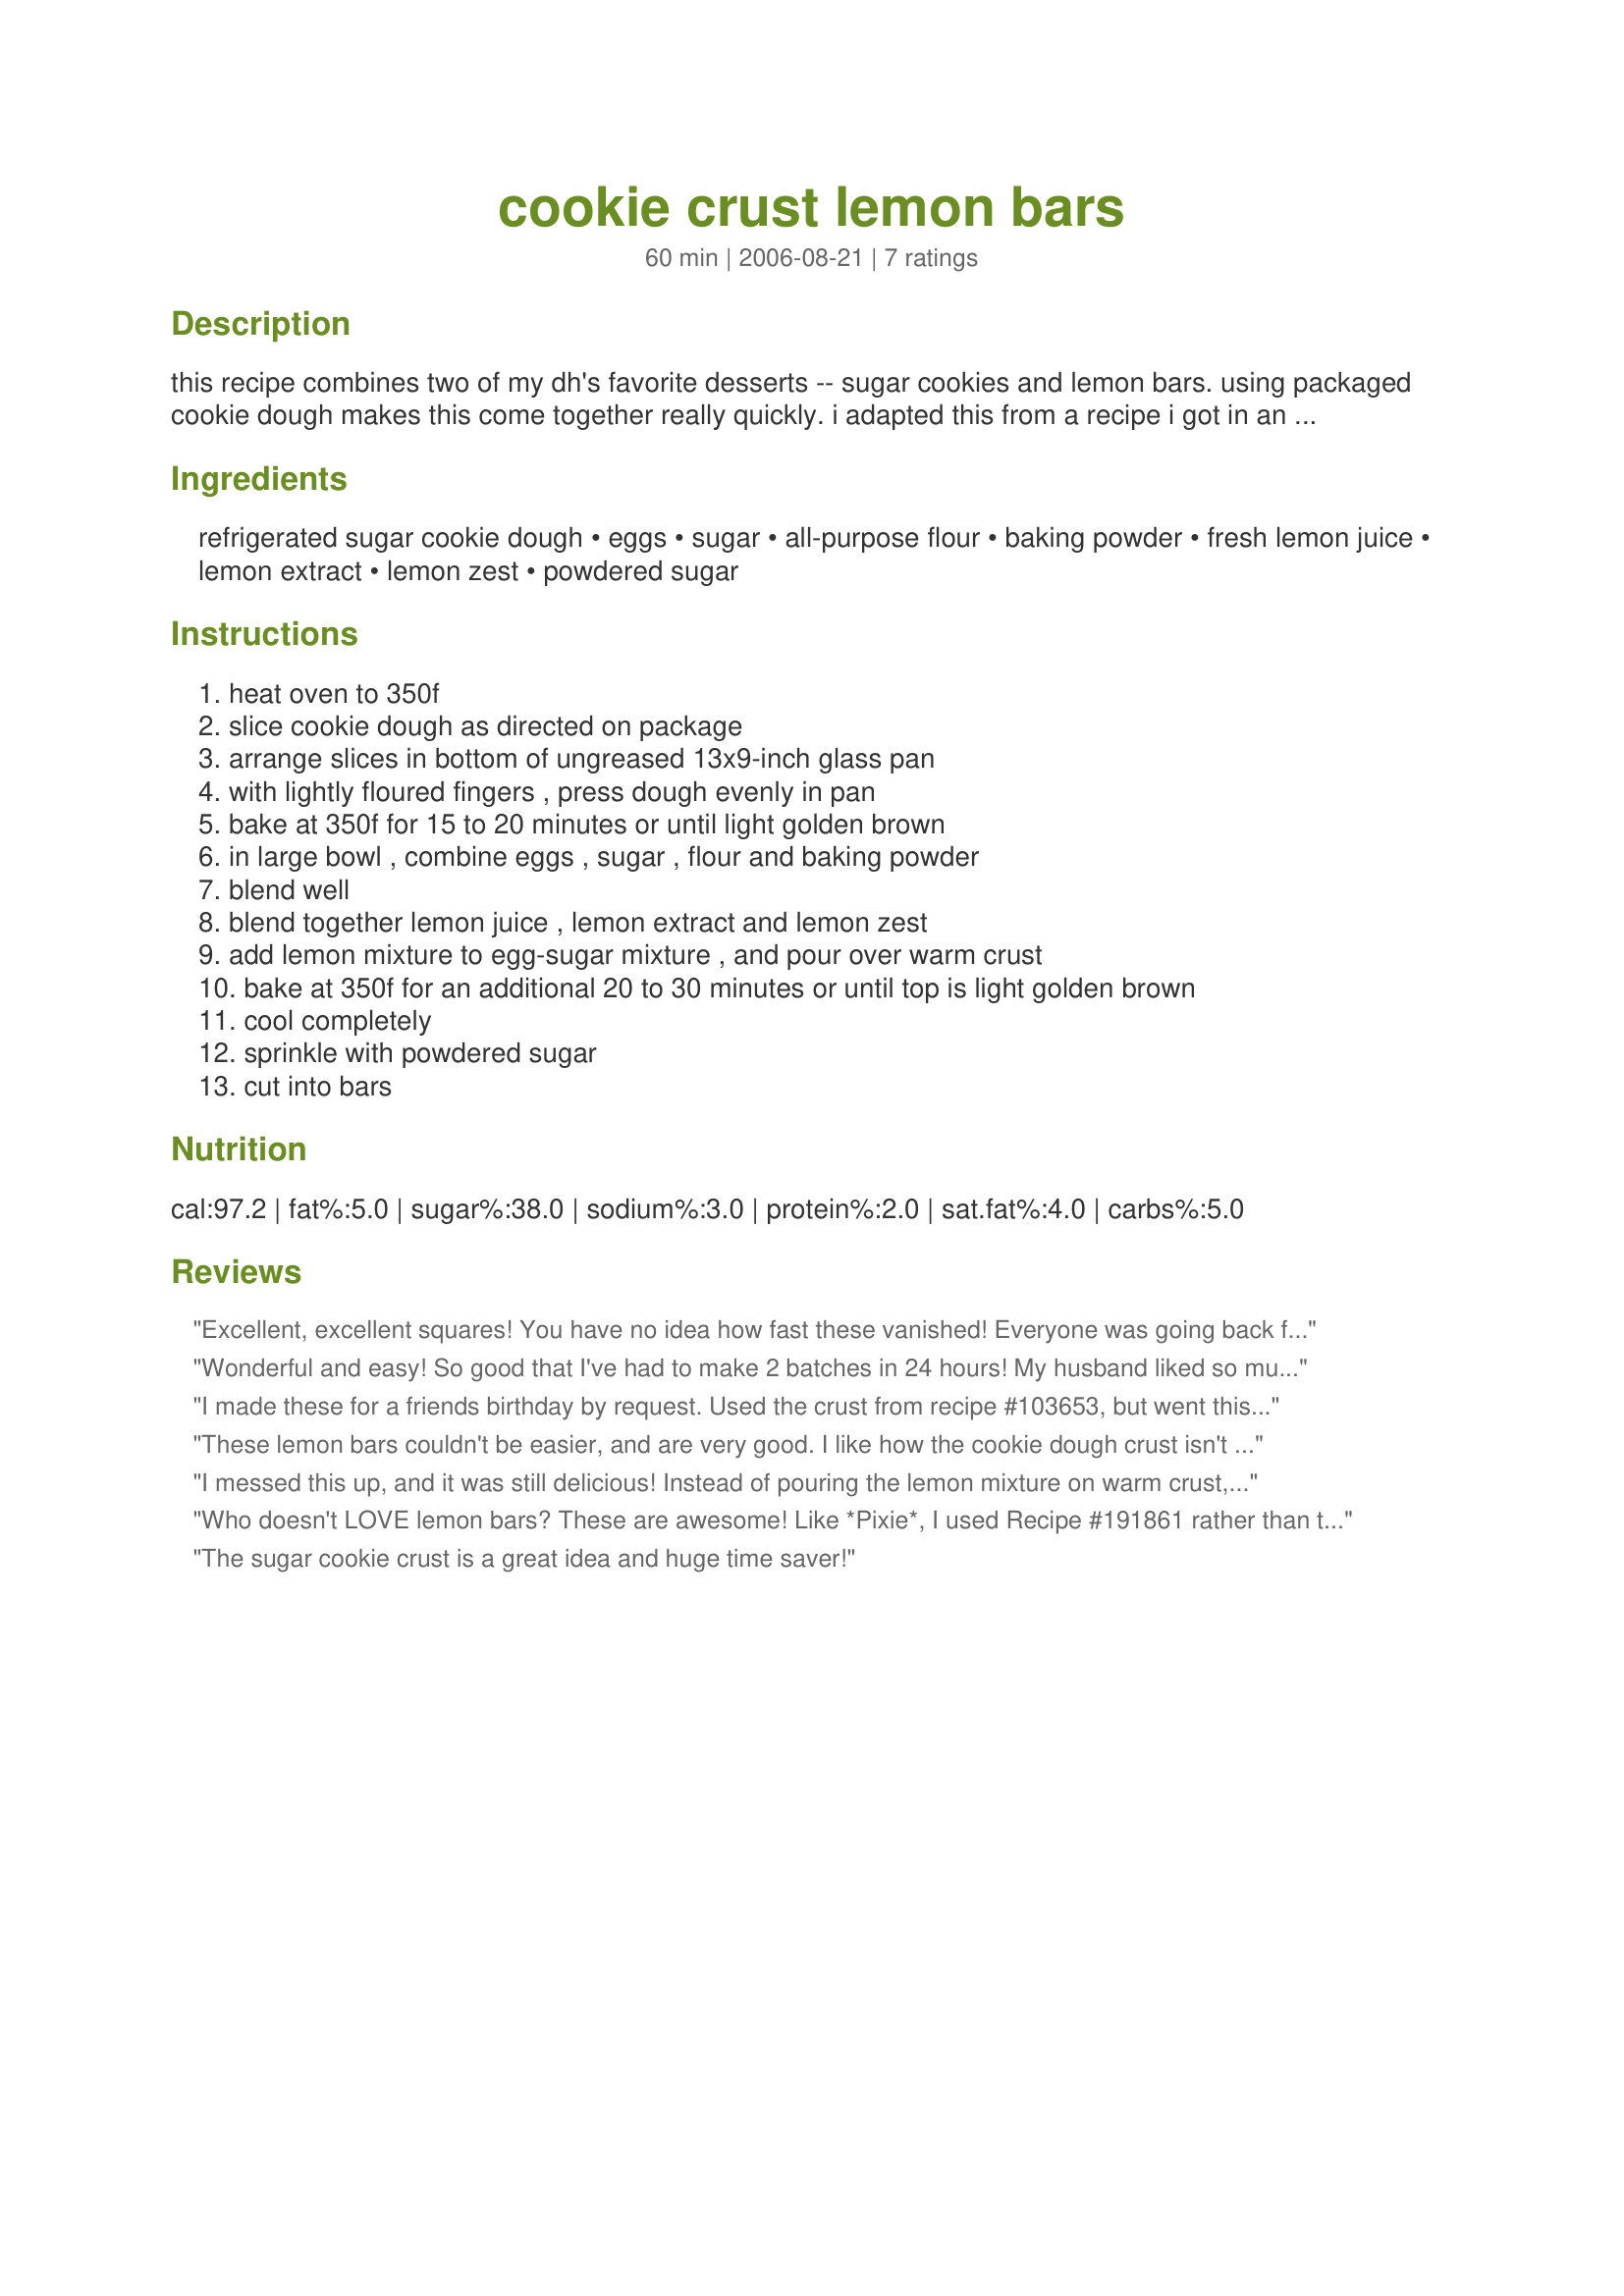
cookie crust lemon bars
Preparation time: 60 minutes

this recipe combines two of my dh's favorite desserts -- sugar cookies and lemon bars. using packaged cookie dough makes this come together really quickly. i adapted this from a recipe i got in an email, and love the result of the three different sources of tart-lemonness.

Ingredients:
refrigerated sugar cookie dough, eggs, sugar, all-purpose flour, baking powder, fresh lemon juice, lemon extract, lemon zest, powdered sugar

Steps:
heat oven to 350f
slice cookie dough as directed on package
arrange slices in bottom of ungreased 13x9-inch glass pan
with lightly floured fingers , press dough evenly in pan
bake at 350f for 15 to 20 minutes or until light golden brown
in large bowl , combine eggs , sugar , flour and baking powder
blend well
blend together lemon juice , lemon extract and lemon zest
add lemon mixture to egg-sugar mixture , and pour over warm crust
bake at 350f for an additional 20 to 30 minutes or until top is light golden brown
cool completely
sprinkle with powdered sugar
cut into bars

Reviews:
Excellent, excellent squares! You have no idea how fast these vanished! Everyone was going back for seconds, thirds and fourths! I used Recipe #191861 instead of the refrigerated dough and I had enough extra to make a pan of cookies plus put a crumbled cookie dough topping on these (I added it after the lemon mixture had baked for about 10 minutes). Definitely a keeper!
Wonderful and easy! So good that I've had to make 2 batches in 24 hours! My husband liked so much that he's eaten into the Christmas treats I've got for Christmas Day! I'm hiding this 2nd batch! I did use Betty crocker's sugar cookie mix as a base.... Yummy!
I made these for a friends birthday by request. Used the crust from recipe #103653, but went this filling after reading the reviews.<br/>Everyone loved it including my boyfriend who is not particularly fond of sweets. <br/>I followed a few other peoples advice and made more filling and reserved some the crumb mixture for the topping.<br/>The looked great and smelled wonderful.
These lemon bars couldn't be easier, and are very good. I like how the cookie dough crust isn't as crumbly as a traditional graham cracker one. The sugar cookie is a good match to the lemon. I used extra lemon zest and extract for lots of lemon flavor. These are a winner.
I messed this up, and it was still delicious! Instead of pouring the lemon mixture on warm crust, as the directions specifically stated, I poured it on hot crust right out of the oven. The crust rose up and split like an earthquake, so parts of the dessert had no crust at all - the lemon soaked through to the bottom of the pan. Thankfully, I was able to salvage most of it. So, don't make my mistake - be patient and let the crust cool a little first. They really are wonderful lemon bars!!!
Who doesn't LOVE lemon bars? These are awesome! Like *Pixie*, I used Recipe #191861 rather than the purchased cookie dough and ended up with fabulous results. I, too, used some leftover dough to crumble on the top of the lemon filling and added it the final 15 minutes of baking. Do not reduce the amount of lemon extract...I did and wish I hadn't! We will enjoy these again. Thanks!
The sugar cookie crust is a great idea and huge time saver!
